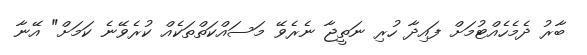
ބާރު ދެމެހެއްޓުމަށް ފައިދާ ހުރި ނަތީޖާ ނެރެވޭ މަސައްކަތްތަކެއް ކުރެވޭނެ ކަމަށް" އޭނާ